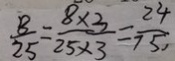
\frac { 8 } { 2 5 } = \frac { 8 \times 3 } { 2 5 \times 3 } = \frac { 2 4 } { 7 5 , }